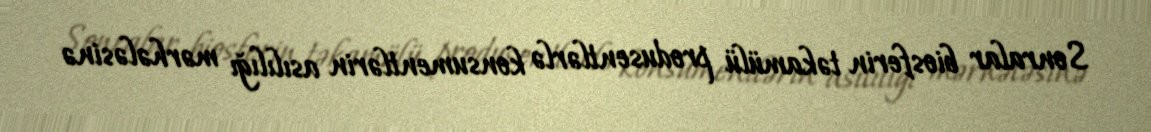
Sonralar biosferin təkamülü produsentlərlə konsumentlərin asılılığı mərhələsinə